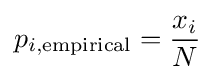
p_{i,{\text{empirical}}}={\frac {x_{i}}{N}}